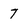
Character: 7